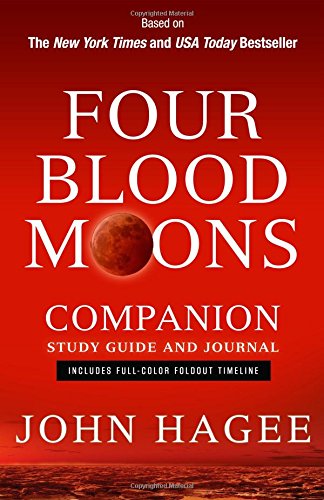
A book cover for Four Blood Moons Companion Study Guide and Journal: Includes Full-Color Foldout Timeline; John Hagee; Christian Books & Bibles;